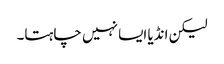
لیکن انڈیا ایسا نہیں چاہتا۔